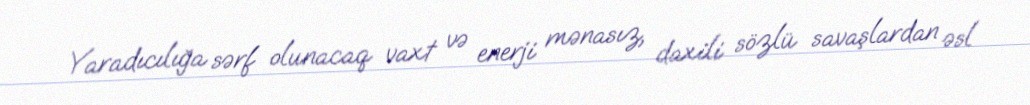
Yaradıcılığa sərf olunacaq vaxt və enerji mənasız, daxili sözlü savaşlardan əsl